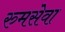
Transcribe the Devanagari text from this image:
रुमसेवा